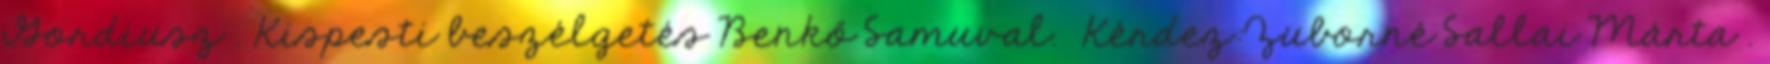
Gordiusz . Kispesti beszélgetés Benkő Samuval. Kérdez:Zuborné Sallai Márta .